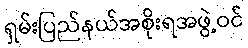
ရှမ်းပြည်နယ်အစိုးရအဖွဲ့ဝင်